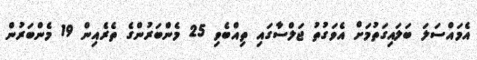
އެމައްސަލަ ބަލައިގަތުމަށް އެވަގުތު ޖަލްސާގައި ތިއްބެވި 25 މެންބަރުންގެ ތެރެއިން 19 މެންބަރުން